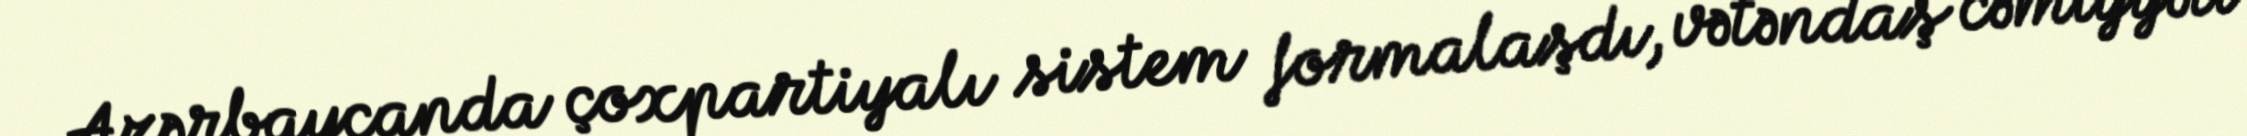
Azərbaycanda çoxpartiyalı sistem formalaşdı, vətəndaş cəmiyyəti